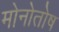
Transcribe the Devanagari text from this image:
मोनोतोष